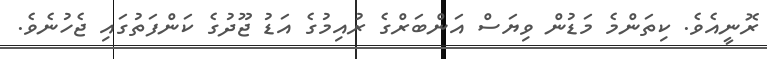
ރޮނީއެވެ. ކިތަންމެ މަޑުން ވިޔަސް އަންބަރްގެ ރުއިމުގެ އަޑު ޖޫދުގެ ކަންފަތުގައި ޖެހުނެވެ.